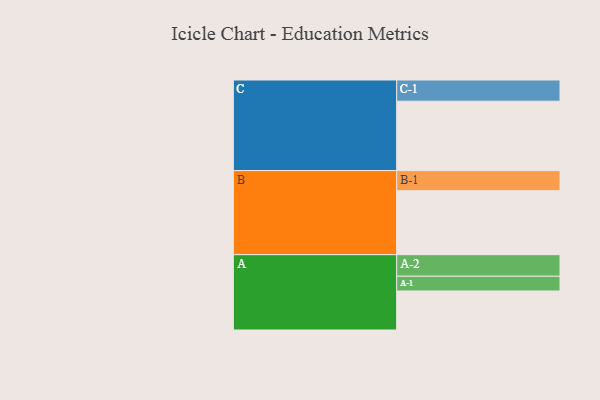
{"axis": {"x": "Segment", "y": "Value"}, "legend": ["", "A", "B", "C"], "data": [{"x": "A", "y": 322, "type": ""}, {"x": "B", "y": 528, "type": ""}, {"x": "C", "y": 573, "type": ""}, {"x": "A-1", "y": 122, "type": "A"}, {"x": "A-2", "y": 178, "type": "A"}, {"x": "B-1", "y": 166, "type": "B"}, {"x": "C-1", "y": 175, "type": "C"}]}